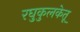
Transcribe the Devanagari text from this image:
रघुकुलकेतू